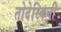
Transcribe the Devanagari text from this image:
तोदेस्किनी